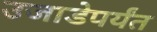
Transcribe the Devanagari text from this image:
उजाडेपर्यंत